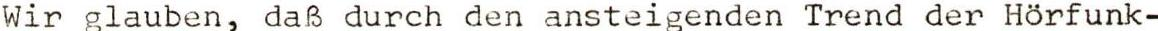
Wir glauben, daß durch den ansteigenden Trend der Hörfunk-